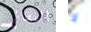
الفضائي لا